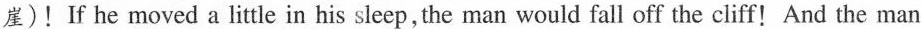
崖)! If he moved a little in his sleep, the man would fall off the cliff! And the man